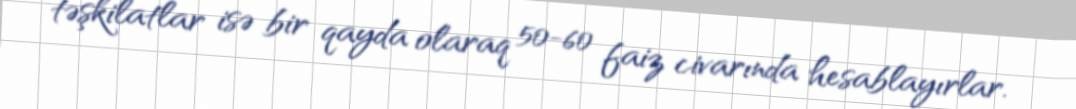
təşkilatlar isə bir qayda olaraq 50-60 faiz civarında hesablayırlar.